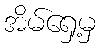
အိမ်ရှေ့မှ